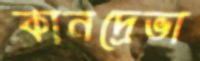
কানদ্রেভা